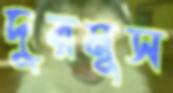
দুরমুস